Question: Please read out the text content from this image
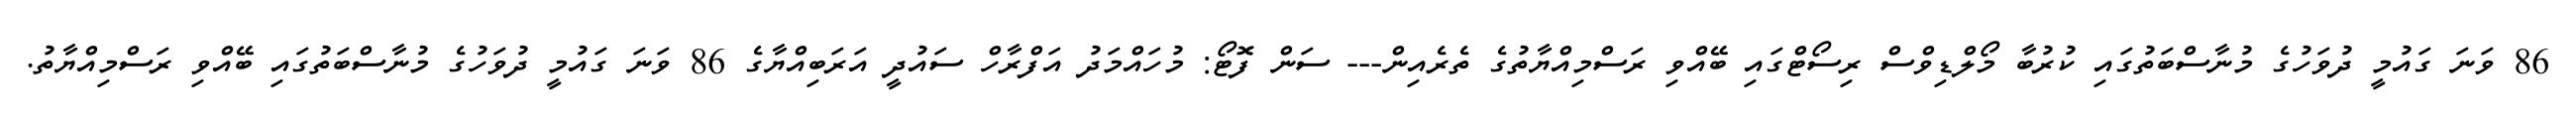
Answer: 86 ވަނަ ގައުމީ ދުވަހުގެ މުނާސްބަތުގައި ކުރުބާ މޯލްޑިވްސް ރިސޯޓްގައި ބޭއްވި ރަސްމިއްޔާތުގެ ތެރެއިން--- ސަން ފޮޓޯ: މުހައްމަދު އަފްރާހް ސައުދީ އަރަބިއްޔާގެ 86 ވަނަ ގައުމީ ދުވަހުގެ މުނާސްބަތުގައި ބޭއްވި ރަސްމިއްޔާތު.